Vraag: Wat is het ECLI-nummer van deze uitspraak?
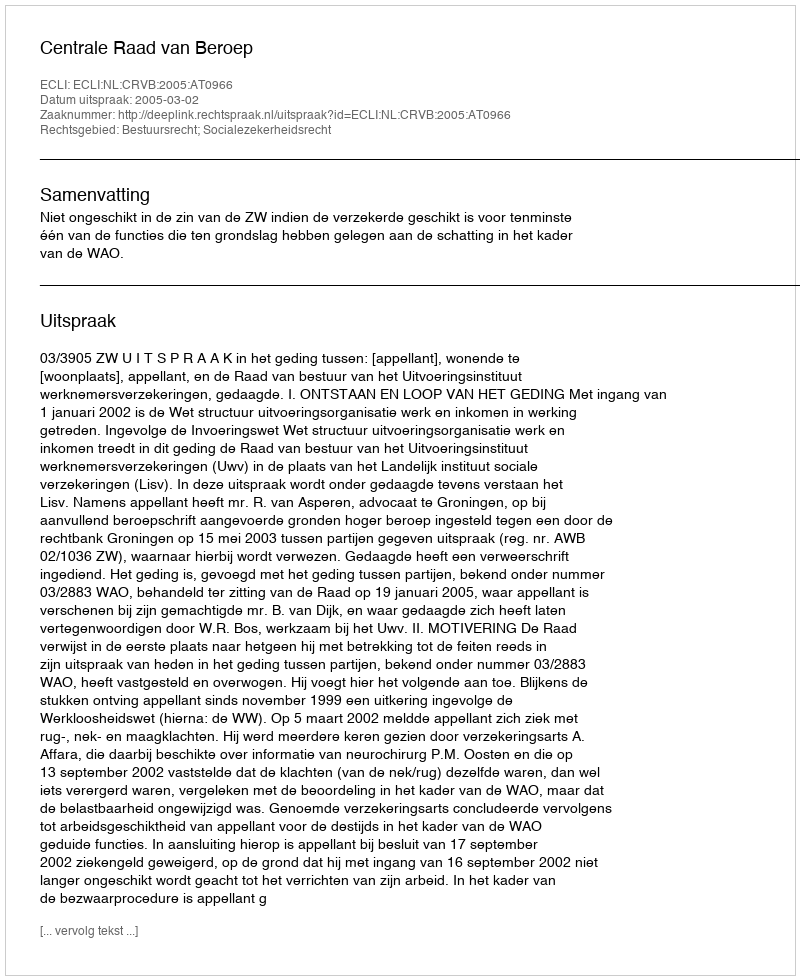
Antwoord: ECLI:NL:CRVB:2005:AT0966